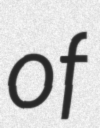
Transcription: of